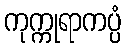
ကုက္ကုရာကပ္ပံ